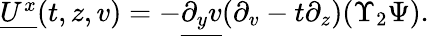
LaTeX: \begin{array}{r}{\underline{{U^{x}}}(t,z,v)=-\underline{{\partial_{y}v}}(\partial_{v}-t\partial_{z})(\Upsilon_{2}\Psi).}\end{array}